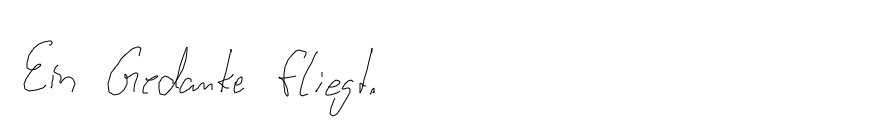
Ein Gedanke fliegt.